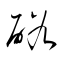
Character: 硲